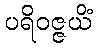
ပရိဝဇ္ဇယိံ